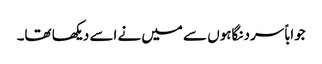
جواباً سرد نگاہوں سے میں نے اسے دیکھا تھا۔